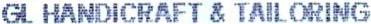
GL HANDICRAFT & TAIL ORING